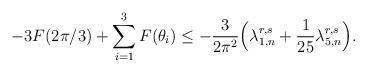
LaTeX: \begin{align*}-3F(2\pi/3)+\sum_{i=1}^{3}F(\theta_{i})\leq -\frac{3}{2\pi^{2}}\Big(\lambda_{1,n}^{r,s}+\frac{1}{25}\lambda_{5,n}^{r,s}\Big).\end{align*}